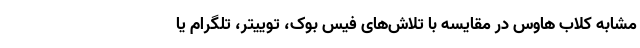
مشابه کلاب هاوس در مقایسه با تلاش‌های فیس بوک، توییتر، تلگرام یا